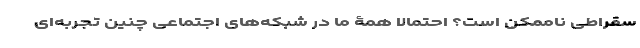
سقراطی ناممکن است؟ احتمالاً همۀ ما در شبکه‌های اجتماعی چنین تجربه‌ای